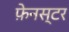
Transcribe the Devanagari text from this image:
फ़ेनस्टर